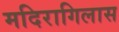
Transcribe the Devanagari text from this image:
मदिरागिलास